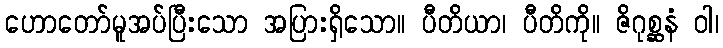
ဟောတော်မူအပ်ပြီးသော အပြားရှိသော။ ပီတိယာ၊ ပီတိကို။ ဇိဂုစ္ဆနံ ဝါ၊